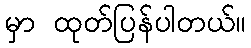
မှာ ထုတ်ပြန်ပါတယ်။